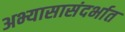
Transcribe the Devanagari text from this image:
अभ्यासासंदर्भात